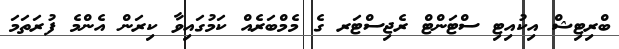
ބްރިޓިޝް އިކުއިޓި ސްޓަންޓް ރެޖިސްޓަރ ގެ މެމްބަރެއް ކަމުގައިވާ ކިރަން އެންމެ ފުރަތަމަ